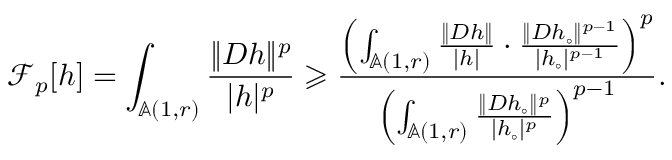
\mathscr { F } _ { p } [ h ] = \int _ { \mathbb { A } ( 1 , r ) } \frac { \| D h \| ^ { p } } { | h | ^ { p } } \geqslant \frac { \left( \int _ { \mathbb { A } ( 1 , r ) } \frac { \| D h \| } { | h | } \cdot \frac { \| D h _ { \circ } \| ^ { p - 1 } } { | h _ { \circ } | ^ { p - 1 } } \right) ^ { p } } { \left( \int _ { \mathbb { A } ( 1 , r ) } \frac { \| D h _ { \circ } \| ^ { p } } { | h _ { \circ } | ^ { p } } \right) ^ { p - 1 } } .